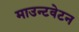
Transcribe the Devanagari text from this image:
माउन्टवेटन